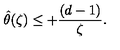
{ \hat { \theta } ( \zeta ) } \leq + { \frac { ( d - 1 ) } { \zeta } } .